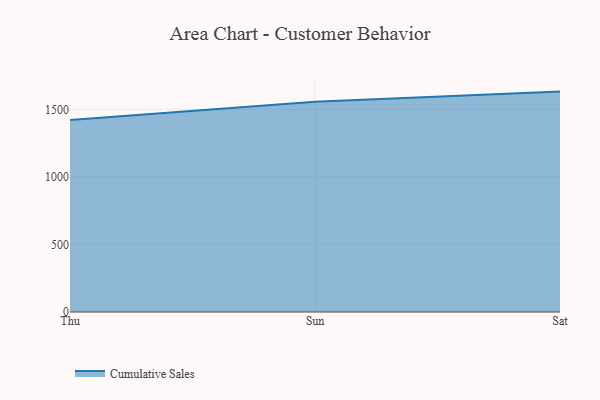
{"axis": {"x": "Day", "y": "Net Income (USD K)"}, "legend": ["Cumulative Sales"], "data": [{"x": "Thu", "y": 1420.5, "type": "Cumulative Sales"}, {"x": "Sun", "y": 1555.4, "type": "Cumulative Sales"}, {"x": "Sat", "y": 1631.2, "type": "Cumulative Sales"}]}